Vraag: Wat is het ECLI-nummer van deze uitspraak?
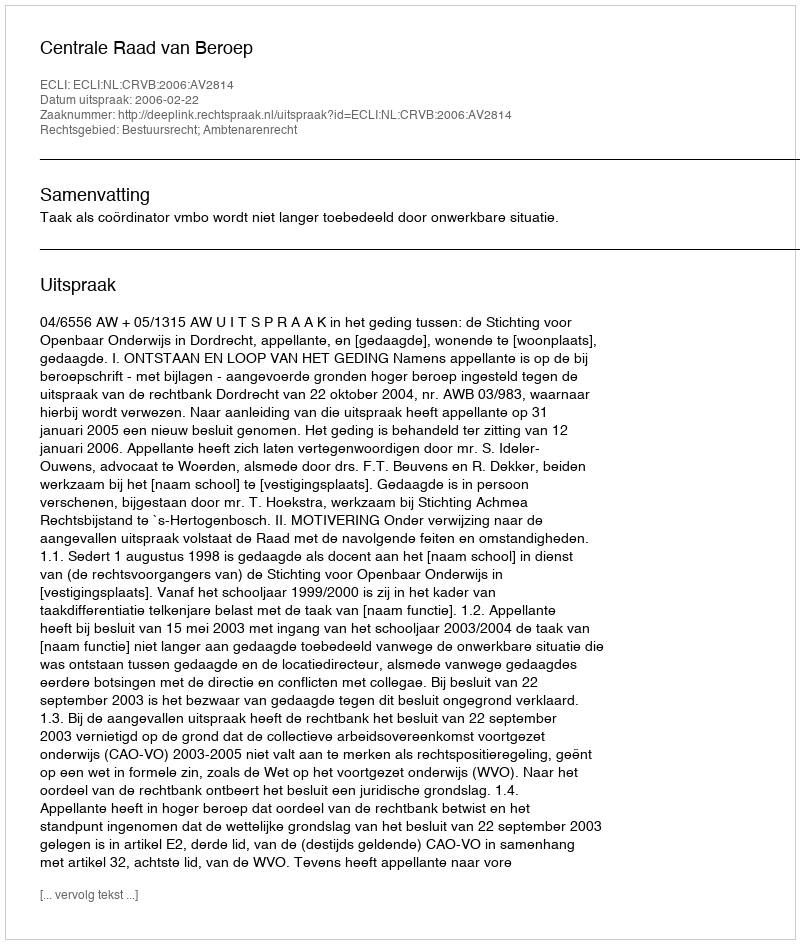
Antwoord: ECLI:NL:CRVB:2006:AV2814